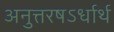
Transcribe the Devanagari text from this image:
अनुत्तरषऽर्धार्थ